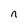
Character: n